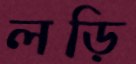
লড়ি